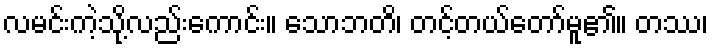
လမင်းကဲ့သို့လည်းကောင်း။ သောဘတိ၊ တင့်တယ်တော်မူ၏။ တဿ၊